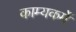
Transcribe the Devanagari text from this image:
काम्यकर्मे